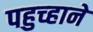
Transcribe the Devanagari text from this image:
पहुच्हाने